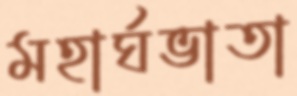
মহার্ঘভাতা